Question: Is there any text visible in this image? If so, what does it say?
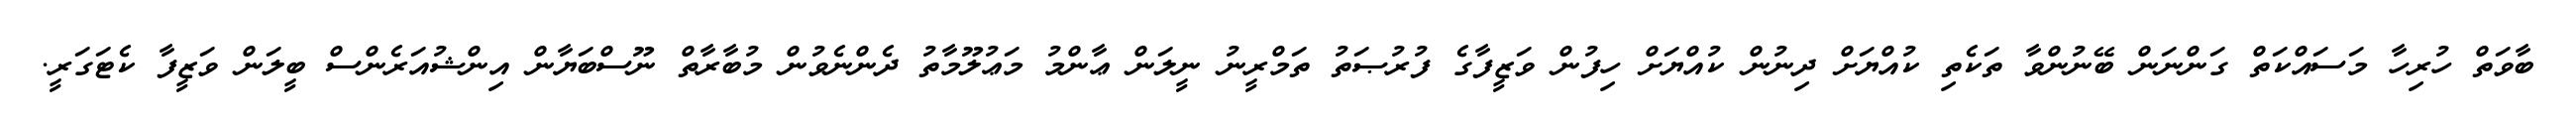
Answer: ބާވަތް ހުރިހާ މަސައްކަތް ގަންނަން ބޭނުންވާ ތަކެތި ކުއްޔަށް ދިނުން ކުއްޔަށް ހިފުން ވަޒީފާގެ ފުރުޞަތު ތަމްރީނު ނީލަން ޢާންމު މަޢުލޫމާތު ދެންނެވުން މުބާރާތް ނޫސްބަޔާން އިންޝުއަރެންސް ބީލަން ވަޒީފާ ކެޓަގަރީ.